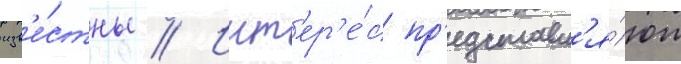
изв'е́стны // Инт'ер'е́с пр'едставл'я́ют